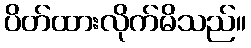
ပိတ်ထားလိုက်မိသည်။